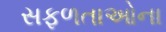
સફળતાઓના